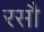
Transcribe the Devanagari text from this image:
रसौ